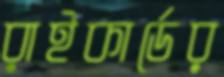
রাইকার্ডের